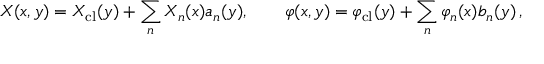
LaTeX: X ( x , y ) = X _ { \mathrm { c l } } ( y ) + \sum _ { n } X _ { n } ( x ) a _ { n } ( y ) , \qquad \varphi ( x , y ) = \varphi _ { \mathrm { c l } } ( y ) + \sum _ { n } \varphi _ { n } ( x ) b _ { n } ( y ) \, ,